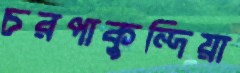
চরপাকুন্দিয়া